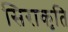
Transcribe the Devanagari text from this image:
सिराकृति